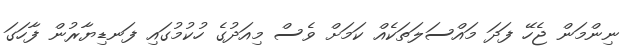
ނިންމަން ޖެހޭ ފަދަ މައްސަލަތަކެއް ކަމަށް ވެސް މިއަދުގެ ހުކުމުގައި ފަނޑިޔާރުން ފާހަގަ